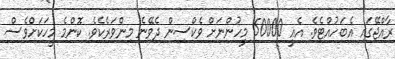
ރާއްޖޭގައި އެބަހުއްޓެވެ. އެއީ 50000 މީހުންނަށް ވެކްސިން ދެވޭނެ މިންވަރެކެވެ. ކޮންމެ މީހަކަށްވެސް